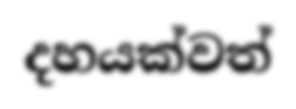
දහයක්වත්